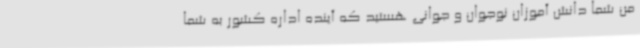
من شما دانش آموزان نوجوان و جوانی هستید که آینده اداره کشور به شما